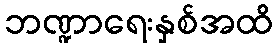
ဘဏ္ဍာရေးနှစ်အထိ